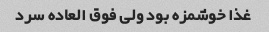
غذا خوشمزه بود ولی فوق العاده سرد